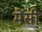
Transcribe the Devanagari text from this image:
मेंसी